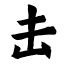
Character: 击